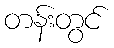
တန်းတွင်